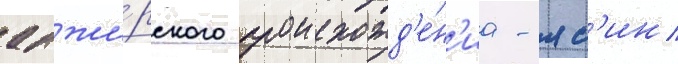
алжи́рского происхожд'е́н'иа - яс'ин